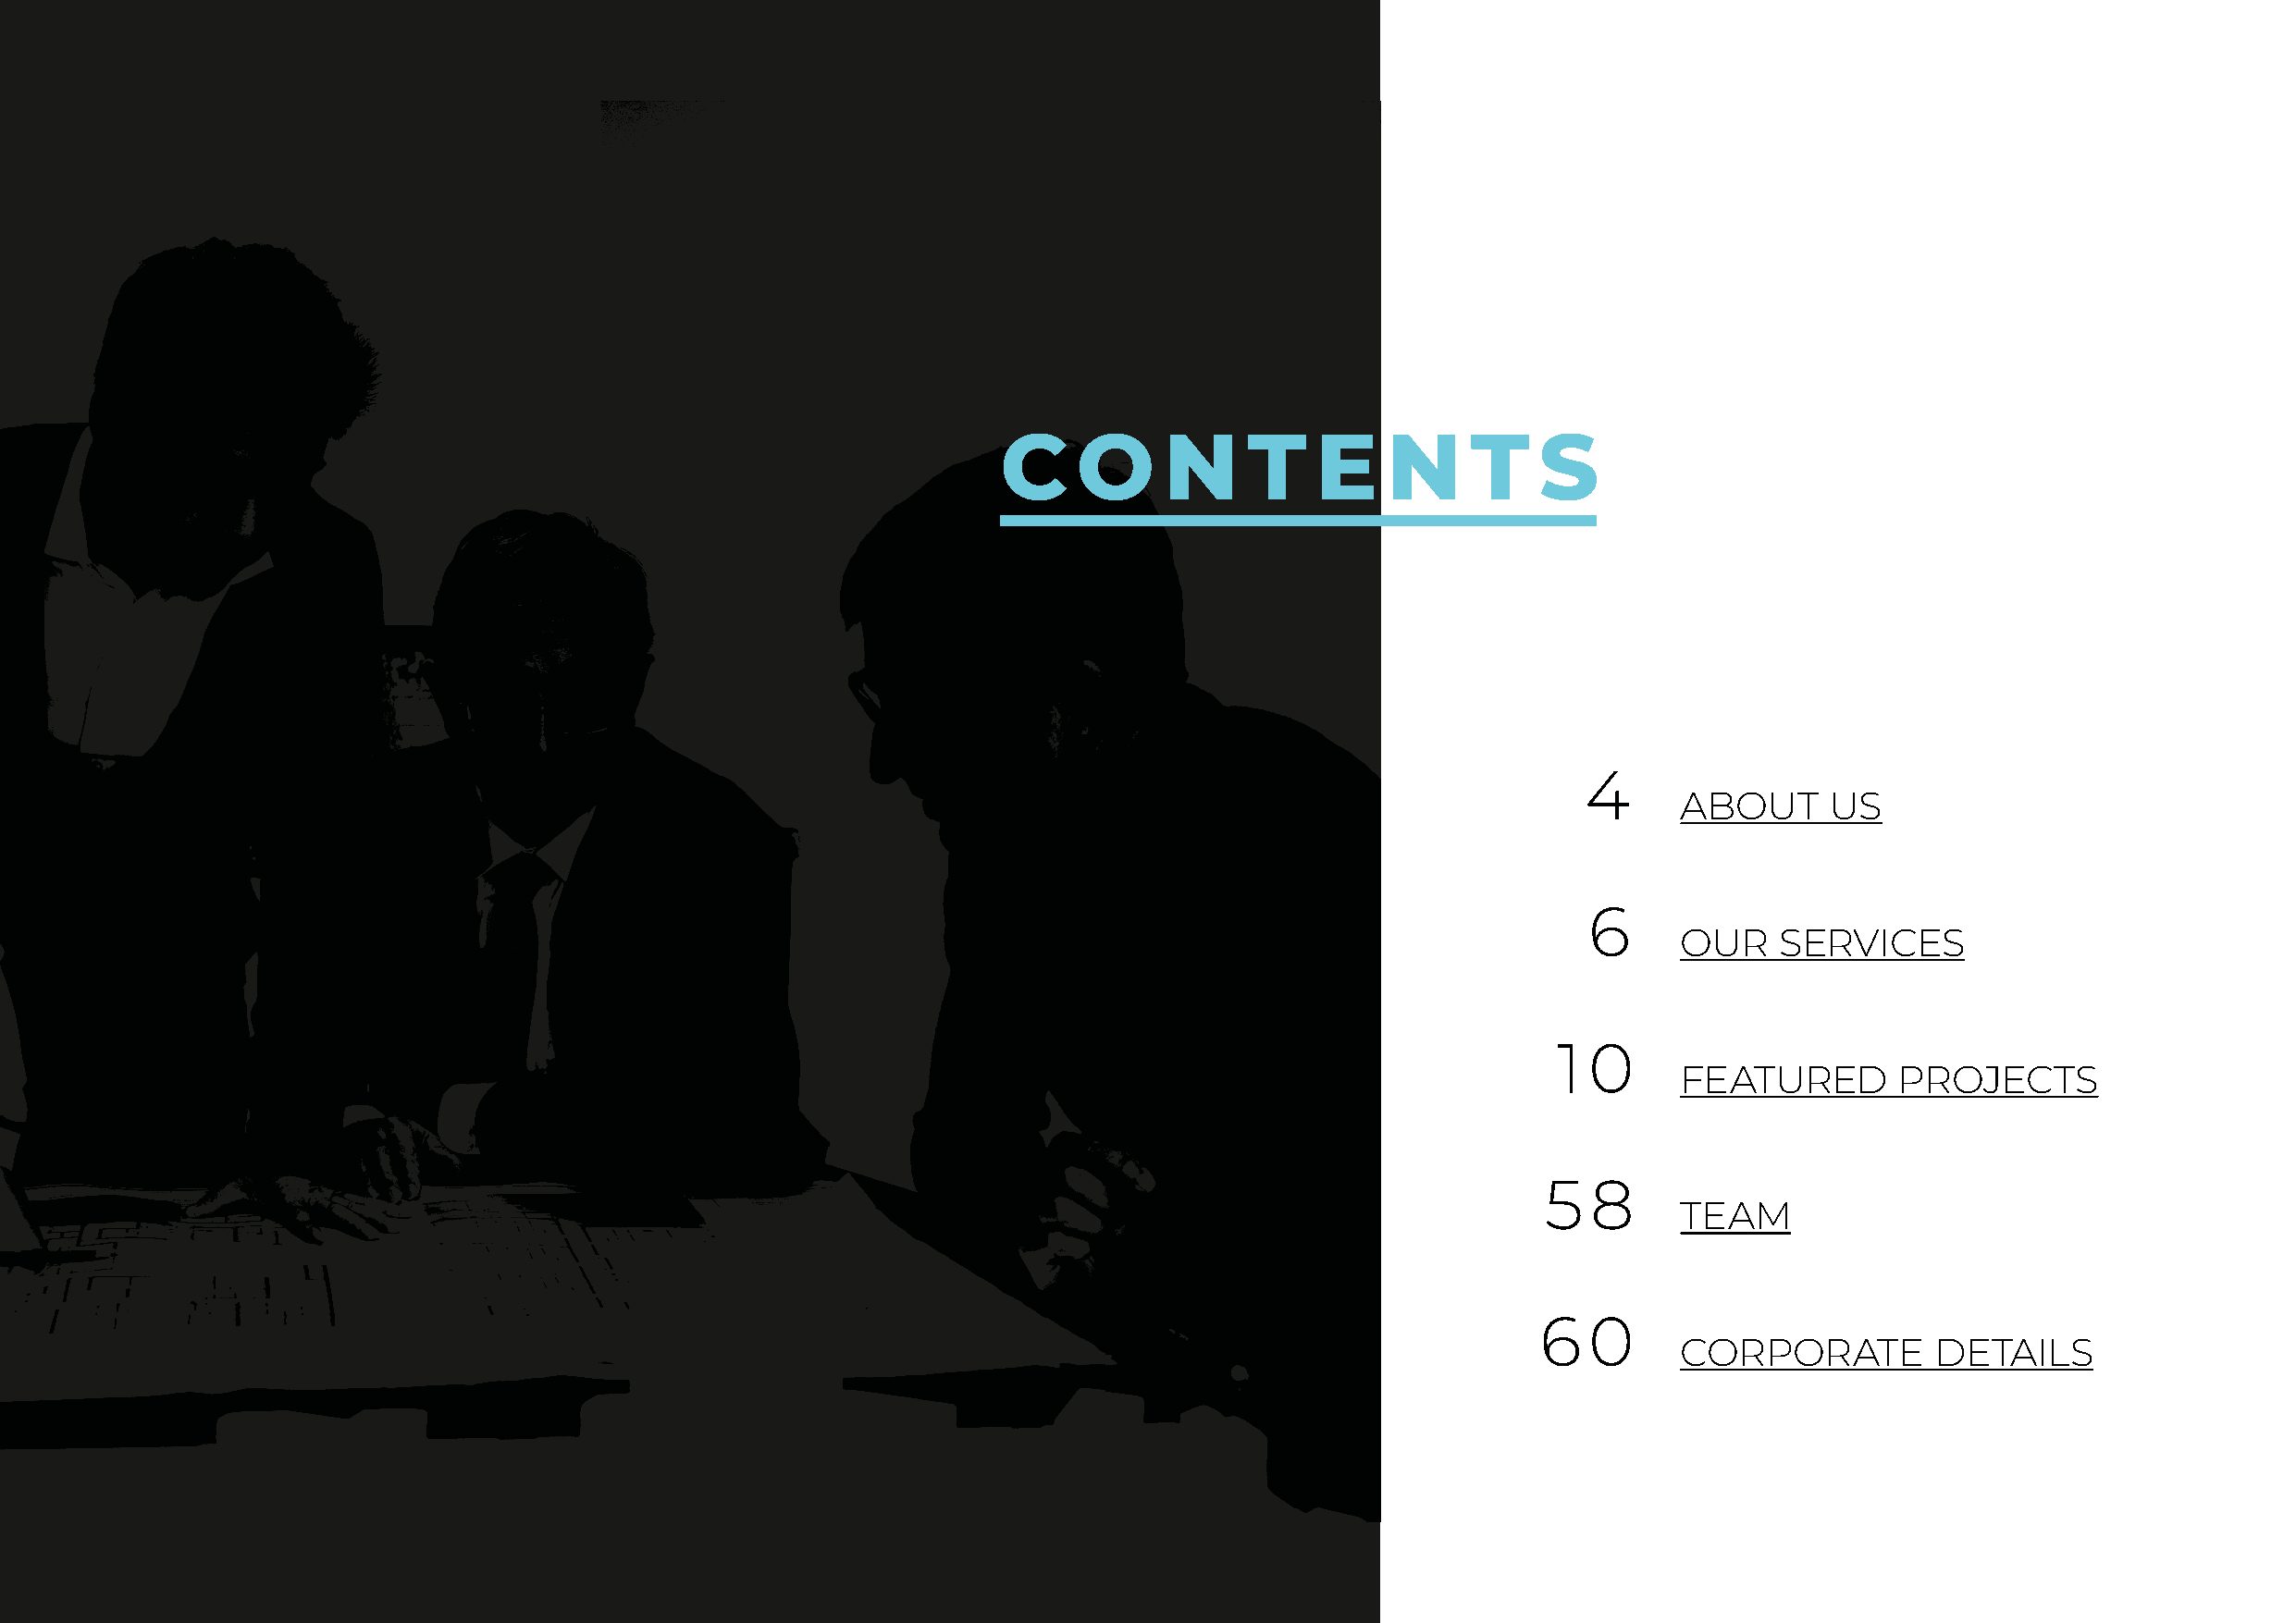
C    O     N     T    E    N     T    S
 4
 ABOUT      US
 6
 OUR    SERVICES
 1  0
 FEATURED        PROJECTS
 5  8
 TEAM
 6   0
 CORPORATE         DETAILS